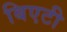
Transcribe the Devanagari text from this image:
बिएटी